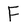
Character: F